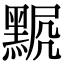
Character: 𪑍